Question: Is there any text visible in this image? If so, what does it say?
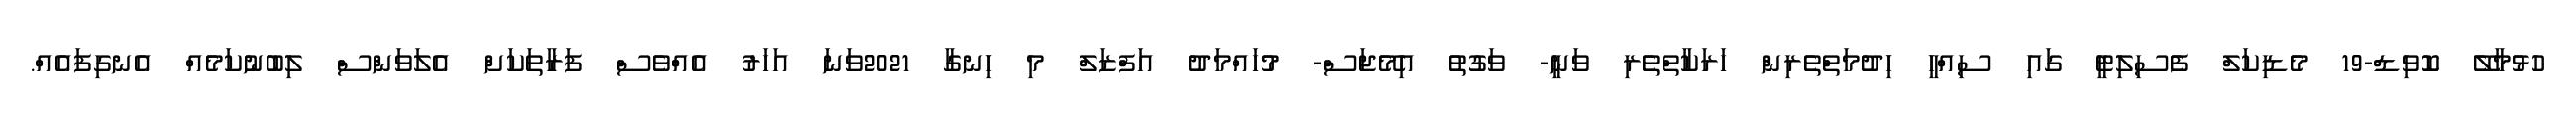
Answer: ހުޅުމާލޭ ކޮވިޑް-19 މެޑިކަލް ފެސިލިޓީ ގައި ސިއްހީ ހިދުމަތްތެރިން ހަރަކާތްތެރި ވަނީ- ވަގުތު އިމޭޖަސް- މުހައްމަދު އަފްޒަލް މި ހިނގާ 2021ވަނަ އަހަރު އެއްްވެސް ފަރާތަކަށް އެލަވަންސް ލިބުނުކަމެއް އެނގިފައެއް.